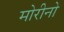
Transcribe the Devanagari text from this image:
मोरीनो